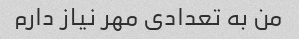
من به تعدادی مهر نیاز دارم